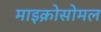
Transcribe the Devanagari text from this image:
माइक्रोसोमल